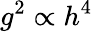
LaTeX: g^{2}\propto h^{4}